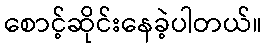
စောင့်ဆိုင်းနေခဲ့ပါတယ်။